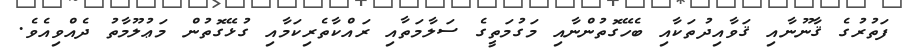
ފަތުރުގެ ޤާނޫނާއި ޤަވާއިދުތަކާއި ބެހޭގޮތުންނާއި މަގުމަތީގެ ސަލާމަތާއި ރައްކާތެރިކަމާއި ގުޅޭގޮތުން މަޢުލޫމާތު ދެއްވިއެވެ.